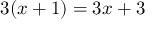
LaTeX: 3 ( x + 1 ) = 3 x + 3